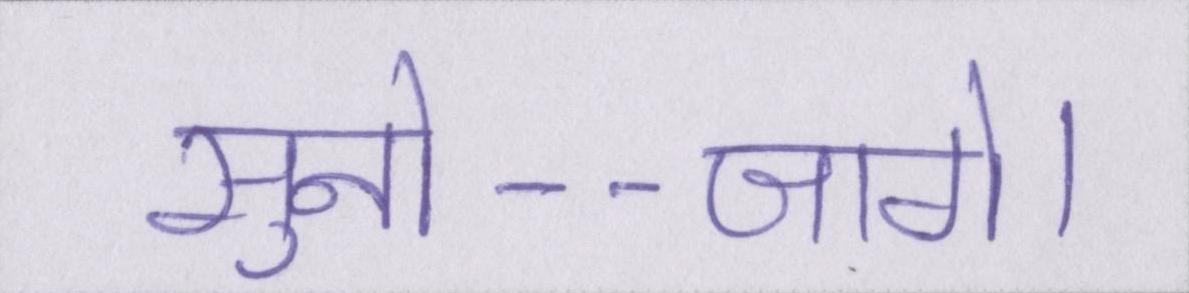
सुनो--जागे।